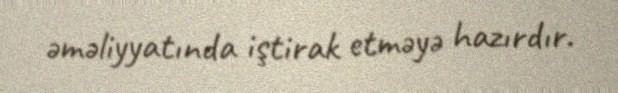
əməliyyatında iştirak etməyə hazırdır.